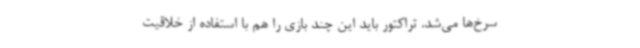
سرخ‌ها می‌شد. تراکتور باید این چند بازی را هم با استفاده از خلاقیت